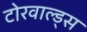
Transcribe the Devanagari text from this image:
टोरवाल्ड्स